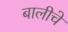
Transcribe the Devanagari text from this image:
बालीचे